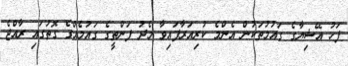
ފަހު އޭޝިޔާގެ ގައުމުތަކުން އެންމެ ކުރިއަރާފައިވާ މެދު ފަންތީގެ ގައުމެއްގެ ގޮތުގައި ރާއްޖެ